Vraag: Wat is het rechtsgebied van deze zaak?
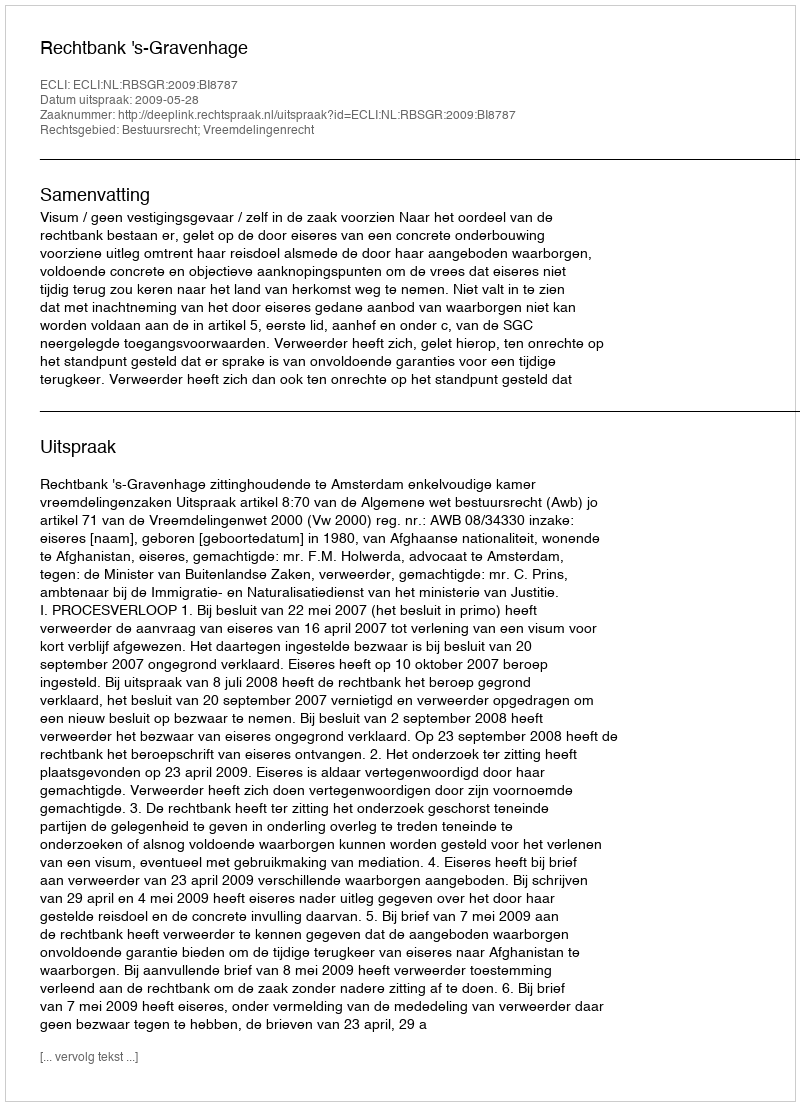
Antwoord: Bestuursrecht; Vreemdelingenrecht